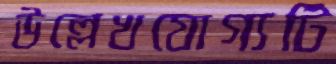
উল্লেখযোগ্যটি